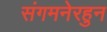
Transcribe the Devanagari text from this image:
संगमनेरहुन